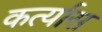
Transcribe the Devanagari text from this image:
कर्त्यास